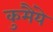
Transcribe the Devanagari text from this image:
कुमैंये